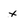
Character: x